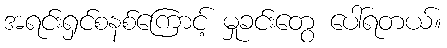
အရင်းရှင်စနစ်ကြောင့် မှုခင်းတွေ ပေါ်ရတယ်။